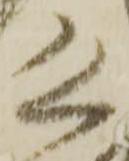
恐